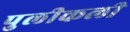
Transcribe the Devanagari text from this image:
पुलीकली